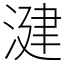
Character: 湕